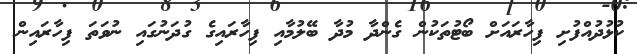
ކުޅުދުއްފުށި ފިހާރައަށް ބޯޓުތަކުން ގެންދާ މުދާ ބޭލުމާއި ފިހާރައިގެ ގުދަނުގައި ނުވަތަ ފިހާރައިން